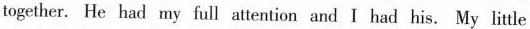
together. He had my full attention and I had his. My little